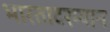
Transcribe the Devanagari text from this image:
भारतादरम्यान